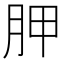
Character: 胛